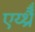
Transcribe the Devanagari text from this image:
एर्य्थ्रैँ